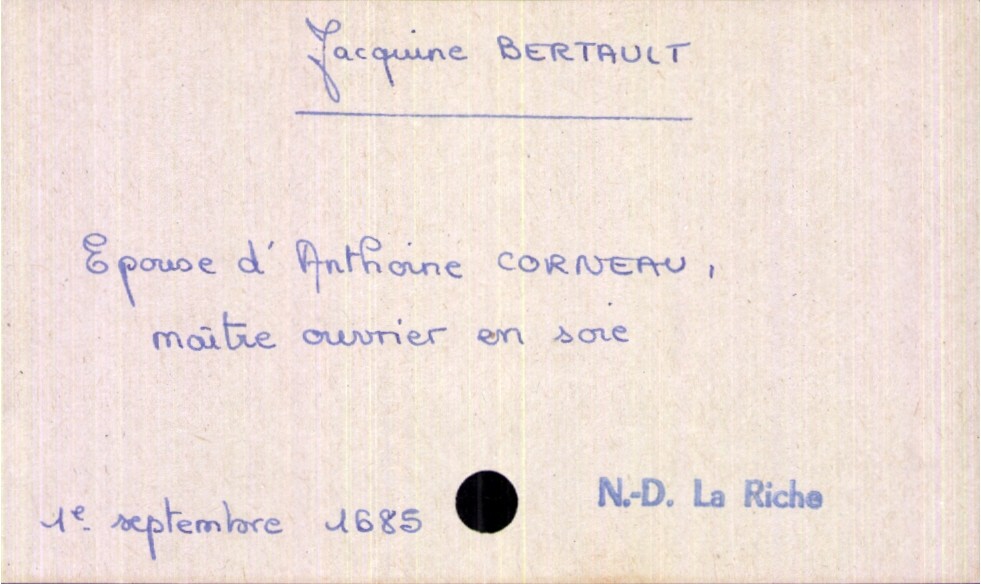
type_acte: Décès
année: 1685
mois: septembre
jour: 1er
paroisse: Notre-Dame La Riche
défunt_nom: Bertault
défunt_prénom: Jacquine
défunt_sexe: F
défunt_statut: marié(e)